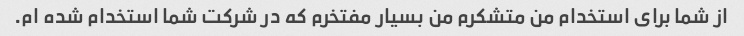
از شما برای استخدام من متشکرم من بسیار مفتخرم که در شرکت شما استخدام شده ام.